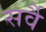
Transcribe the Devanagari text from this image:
सर्वै